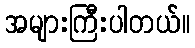
အများကြီးပါတယ်။